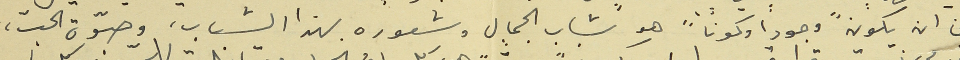
من ان يكون "وجوداً وكوناً" هو شباب الجمال وشعوره بهذا الشباب، وصبّوة الحبّ،